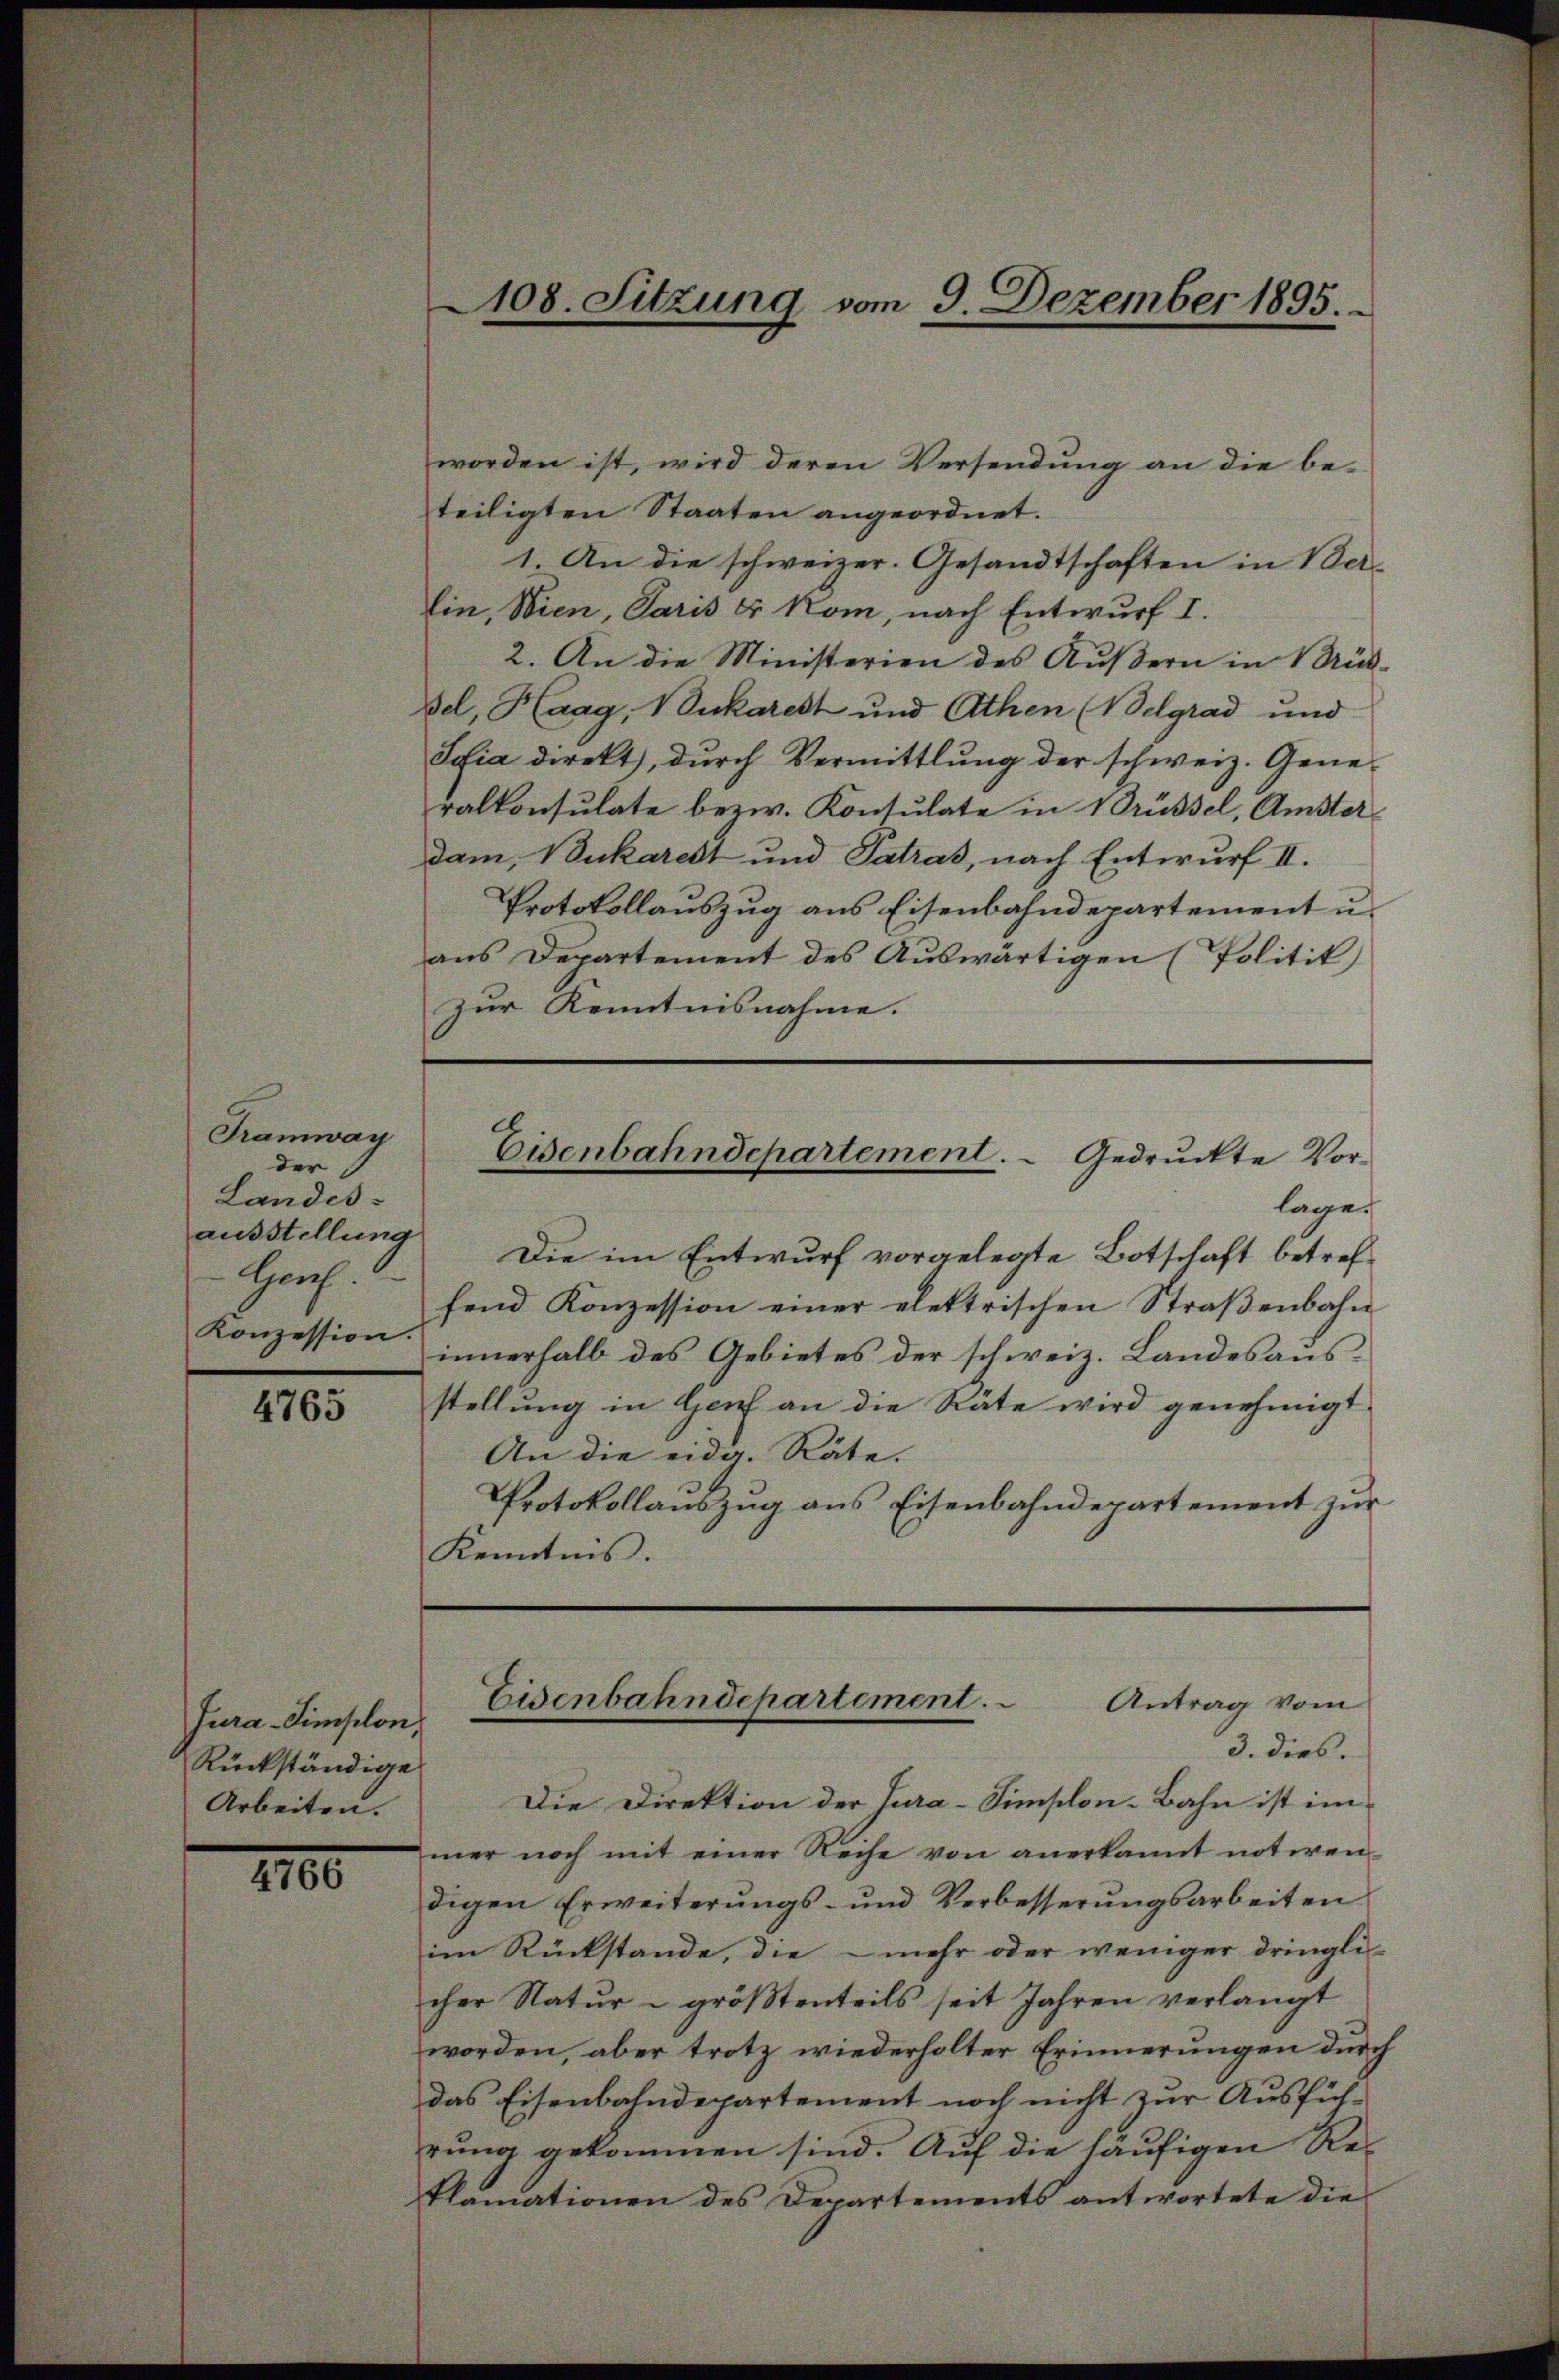
Tramway
der
Landes-
ausstellung
Spruch.
Konzession.

4765

Jura-Simplon,
Rückständige
Arbeiten.

4766

worden ist, wird deren Versendung an die be-
teiligten Staaten angeordnet.
1. An die schweizer. Gesandtschaften in Ver-
lin, Wien, Paris u Kom, nach Entwurf I.
2. An die Ministerien des Aŭβern in Rück-
Bel, Haag, Vukarest und Athen (Belgrad und
Sehia direkt, dŭrch Vermittlung der schweiz. Generalkonsulate bezw. Konsulate in Trüssel, Amster
dam. Bukarest und Patras, nach Entwurf II.
Protokollauszug aus Eisenbahndepartement u.
aus Departement des Auswärtigen (Politik)
zur Kenntnisnahme.

2108. Sitzung vom 9. Dezember 1895.

Eisenbahndepartement. Gedruckte Vorlage.

Die im Entwurf vorgelegte Botschaft betreffend Konzession einer elektrischen Straβenbahn
innerhalb des Gebietes der schweiz. Landesausstellung in Genf an die Räte wird genehmigt.
An die eidg. Räte.
Protokollaŭszŭg ans Eisenbahndepartement zŭr
Kenntnis.

Eisenbahndepartement.  Antrag vom
3. dies.

Die Direktion der Tura-Simplon-Bahn ist im
mer noch mit einer Reihe von anerkannt notirendigen Erweiterŭngs- und Verbesserŭngsarbeiten
im Rückstände, die mehr oder weniger dringli
cher Natur - größtenteils seit Jahren verlangt
worden, aber trotz wiederholter Erinnerungen durch
das Eisenbahndepartement noch nicht zur Ausführŭng gekommen sind. Auf die häufigen Reklamationen des Departements antwortete die